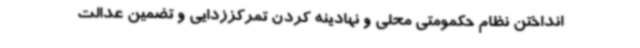
انداختن نظام حکمومتی محلی و نهادینه کردن تمرکززدایی و تضمین عدالت